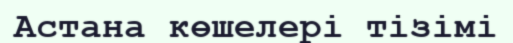
Астана көшелері тізімі